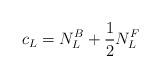
LaTeX: \begin{align*}c_{\small L}=N_L^B+\frac{1}{2}N_L^F \end{align*}